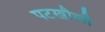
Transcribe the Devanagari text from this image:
पटखौली